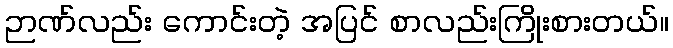
ဉာဏ်လည်း ကောင်းတဲ့ အပြင် စာလည်းကြိုးစားတယ်။